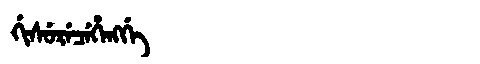
Manchu: ᡤᡳᠰᡠᡵᡝᠴᡝᡥᡝᠩᡤᡝ
Romanization: GISURECEHENGGE